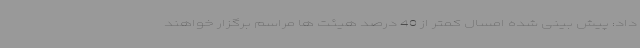
داد: پیش بینی شده امسال کمتر از 40 درصد هیئت ها مراسم برگزار خواهند